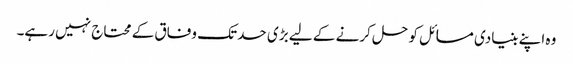
وہ اپنے بنیادی مسائل کو حل کرنے کے لیے بڑی حد تک وفاق کے محتاج نہیں رہے۔